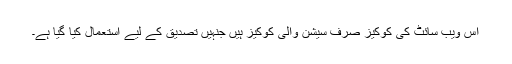
اس ویب سائٹ کی کوکیز صرف سیشن والی کوکیز ہیں جنہیں تصدیق کے لیے استعمال کیا گیا ہے۔